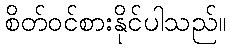
စိတ်ဝင်စားနိုင်ပါသည်။